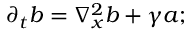
\partial _ { t } b = \nabla _ { x } ^ { 2 } b + \gamma a ;